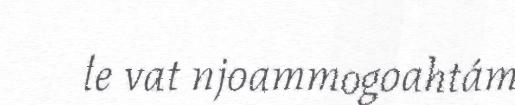
le vat njoammogoahtám